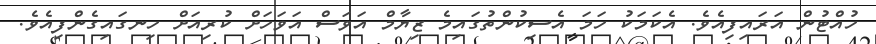
ހުއްޓުން އަރައިފިއެވެ. އެކަމަކު ހަމަ އެސިކުންތުގައިމެ ޒިޔާމް އަވަސް އަވަހަށް ކުރިއަށް ހިނގައިގެންފިއެވެ.